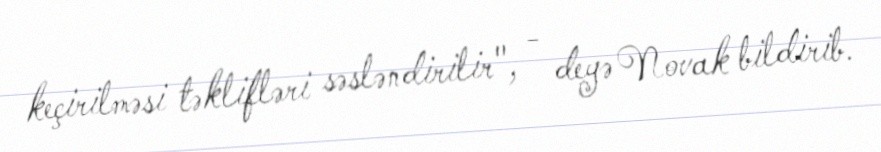
keçirilməsi təklifləri səsləndirilir", - deyə Novak bildirib.